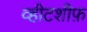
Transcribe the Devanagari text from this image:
व्हीटशीफ़